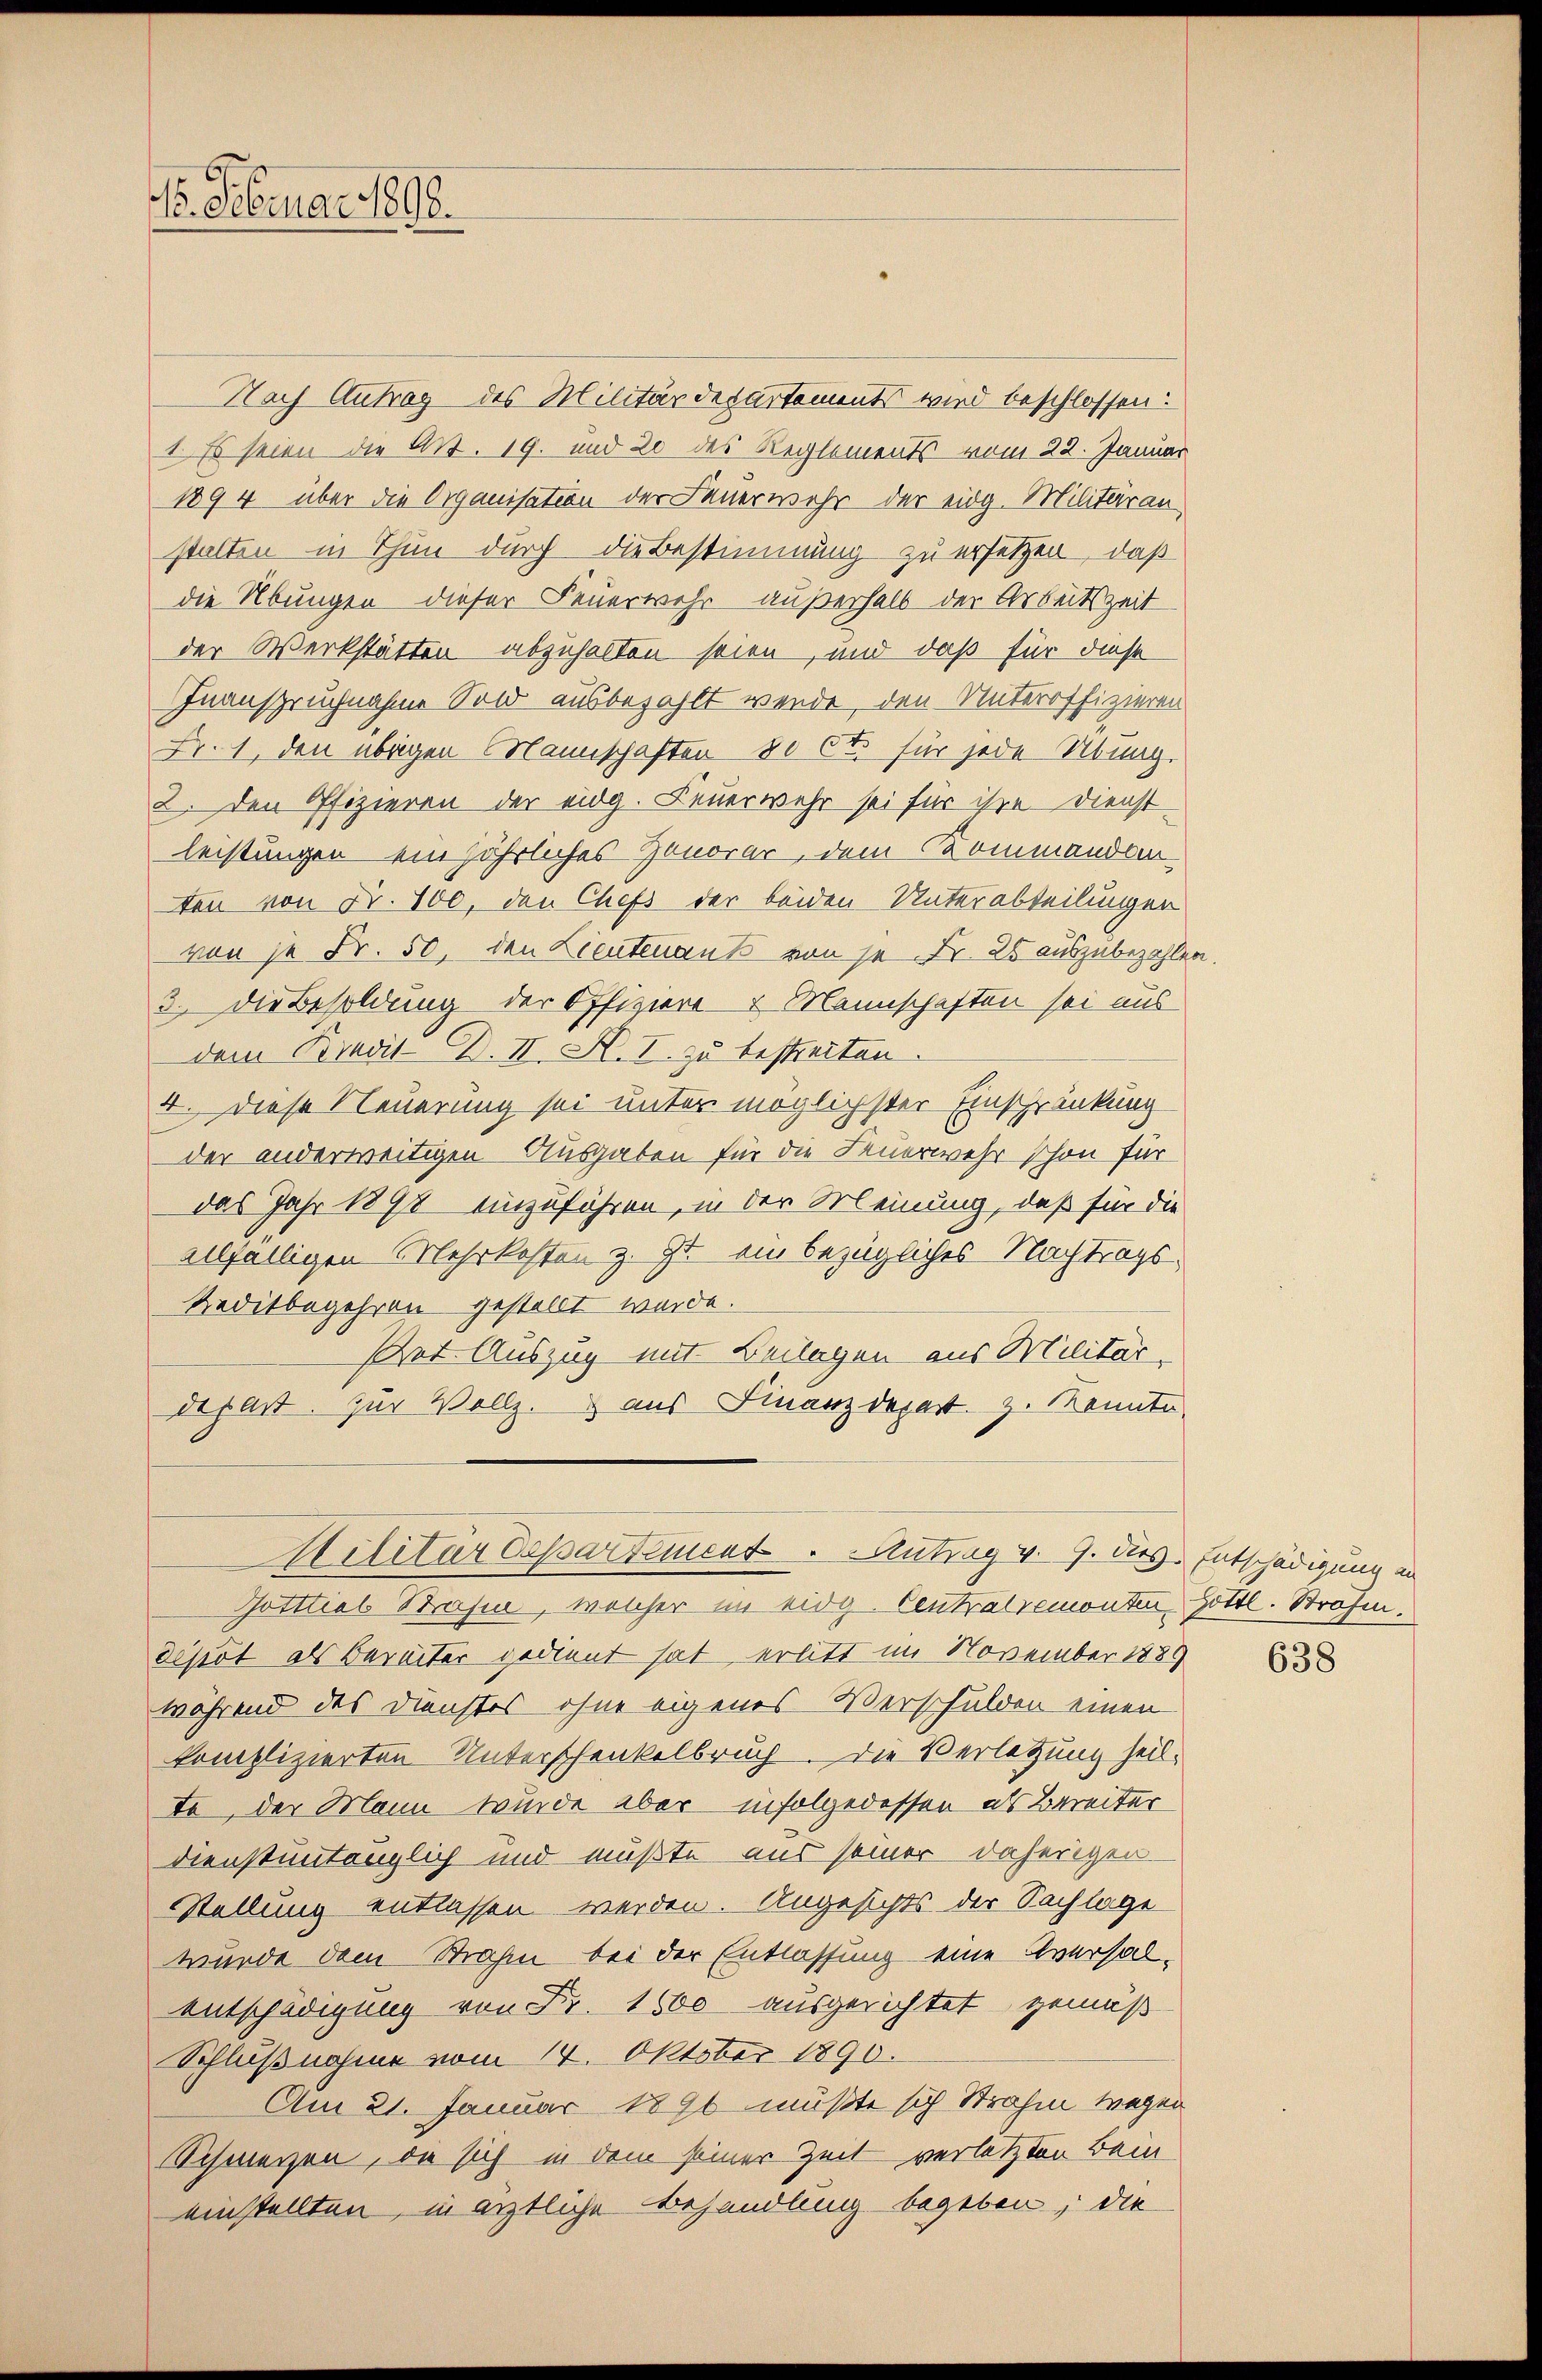
16. Februar 1890.

Nach Antrag des Militärdepartements wird beschlossen:
1. Es seien die Art. 19. und 20 des Reglements vom 22. Januar
1894 über die Organisation der Feuerwehr der eidg. Militäran
stalten in Thun durch die Bestimmung zu ersetzen, daß
die Übungen dieser Feuerwehr außerhalb der Arbeitszeit
der Werkstätten abzuhalten seien, und daß für diese
Inanspruchnahme Sold ausbezahlt werde, den Unteroffizieren
Fr. 1, den übrigen Mannschaften 80 Ct. für jede Übung.
2. den Offizieren der eidg. Feuerwehr sei für ihre Dienst-
leistungen ein jährliches Honorar, dem Kommandanten von Fr. 100, den Chefs der beiden Unterabteilungen
von je Fr. 50, den Lieutenants von je Fr. 25 auszubezahlen
3. Die Besoldung der Offiziere Mannschaften sei aus
dem Kredit-B. II. A. I. zu bestreiten.
4. Diese Neuerung sei unter möglichster Einschränkung
der anderweitigen Ausgaben für die Feuerwehr schon für
das Jahr 1890 einzuführen, in der Meinung, daß für die
allfälligen Mehrkosten z. Zt. ein bezügliches Nachtrags¬
Reditbegehren gestellt wurde.
Pet. Auszug mit Beilagen aus Militär-
depart. Zur Vollz. aus Finanzdepart z. Konnte,
Ailitärdepartement. Antrag v. 9. dies. Entschädigung an
Gotttial Brasin, welcher im eidg. Centralremonten Gottl. Strafen.
dissot als Bereiter gedient hat, erlitt im November 1889
während des Dienstes ohne eigenes Verschulden einen
komplizierten Unterschenkelbruch die Verletzung heilte, der Mann wurde aber infolgedessen als Bereiter
dienstuntanzlich und müßte aus seiner daherigen
Stellung entlassen werden. Ungesichts der Nachlage
wurde dem Strahen bei der Entlassung eine Eversal-
entschädigung von Fr. 1600 ausgerichtet gemäß
Schlußnahme vom 14. Oktober 1890.
Am 21. Januar 1890 mußte sich Strahen tragen
Schmerzen, da sich in dem seiner Zeit verletzten Bein
einstellten, in ärztliche Behandlung begeben, die